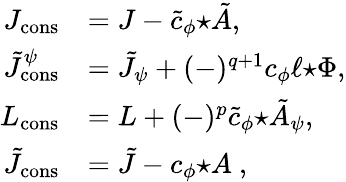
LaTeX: \begin{array}{rl}{J_{\mathrm{cons}}}&{=J-\tilde{c}_{\phi}{\star\tilde{A}},}\\ {\tilde{J}_{\mathrm{cons}}^{\psi}}&{=\tilde{J}_{\psi}+(-)^{q+1}c_{\phi}\ell{\star\Phi},}\\ {L_{\mathrm{cons}}}&{=L+(-)^{p}\tilde{c}_{\phi}{\star\tilde{A}_{\psi}},}\\ {\tilde{J}_{\mathrm{cons}}}&{=\tilde{J}-c_{\phi}{\star A}~,}\end{array}